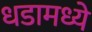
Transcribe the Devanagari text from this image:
धडामध्ये